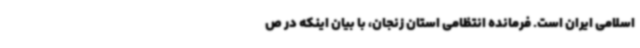
اسلامی ایران است. فرمانده انتظامی استان زنجان، با بیان اینکه در ص